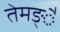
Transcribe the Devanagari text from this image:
तेमङ्ै